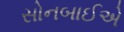
સોનબાઈએ